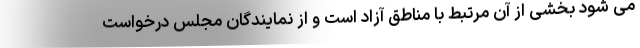
می شود بخشی از آن مرتبط با مناطق آزاد است و از نمایندگان مجلس درخواست